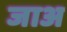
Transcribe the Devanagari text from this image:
जाअ